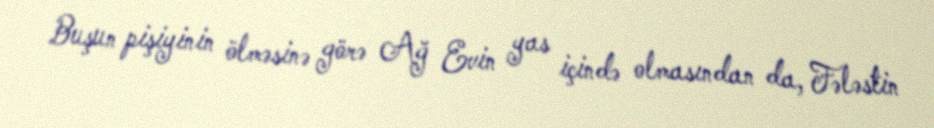
Buşun pişiyinin ölməsinə görə Ağ Evin yas içində olmasından da, Fələstin